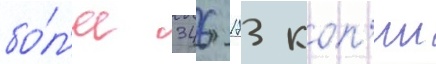
бо́л'ее 346 173 коп'ии